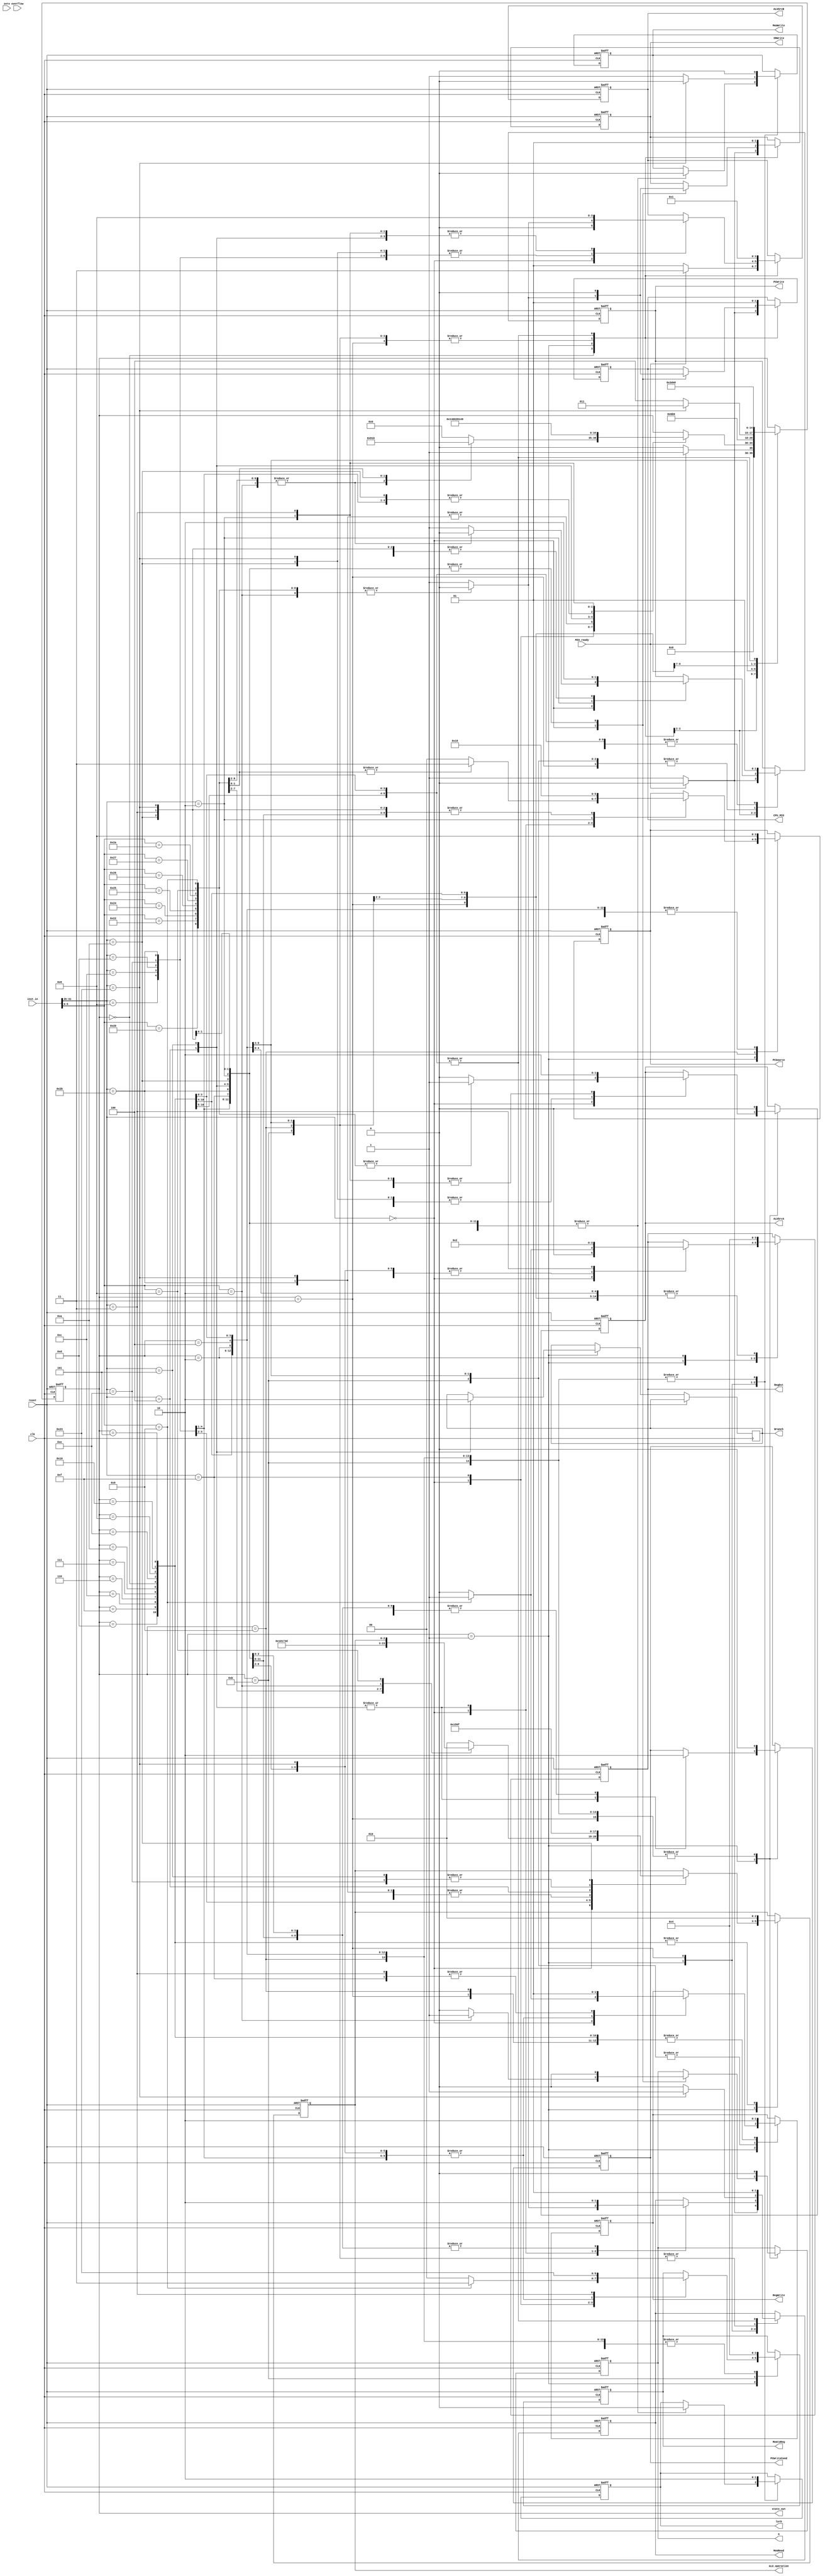
`timescale 1ns / 1ps

module ctrl(input clk,
            input reset,
			   input zero,
			   input overflow,
			   input MIO_ready,
			   input [31:0]inst_in,
			   output reg MemRead,
		   	output reg MemWrite,
			   output reg CPU_MIO,
			   output reg lorD,
			   output reg IRWrite,
			   output reg RegWrite,
			   output reg ALUSrcA,
			   output reg PCWrite,
			   output reg PCWriteCond,
			   output reg Branch,
			   output reg [1:0]RegDst,
			   output reg [1:0]MemtoReg,
			   output reg [1:0]ALUSrcB,
			   output reg [1:0]PCSource,
			   output reg [2:0]ALU_operation,
				output reg S,
			   output [4:0]state_out);
				
reg [4:0]state;

parameter IF = 5'b00000, ID=5'b00001, EX_R= 5'b00010, EX_Mem=5'b00011, EX_I= 5'b00100,
Lui_WB=5'b00101, EX_beq=5'b00110, EX_bne= 5'b00111, EX_jr= 5'b01000, EX_JAL=5'b01001,
Exe_J= 5'b01010, MEM_RD=5'b01011, MEM_WD= 5'b01100, WB_R= 5'b01101, WB_I=5'b01110, WB_LW=5'b01111, Error=11111,
EX_jalr=5'b10000;
parameter AND=3'b000, OR=3'b001, ADD=3'b010, SUB=3'b110,
NOR=3'b100, SLT=3'b111, XOR=3'b011, SRL=3'b101;


`define CPU_ctrl_signals {S,PCWrite,PCWriteCond, lorD, MemRead, MemWrite,IRWrite, MemtoReg,PCSource, ALUSrcB,ALUSrcA,RegWrite,RegDst,CPU_MIO}

assign state_out=state;

always @ (posedge clk or posedge reset) begin
if (reset==1) begin `CPU_ctrl_signals<=18'h12821;ALU_operation<=ADD;state <= IF; end
else begin
case (state)
IF: begin
    if(MIO_ready) begin `CPU_ctrl_signals <=18'h00060; ALU_operation<=ADD; state <= ID; end
    else begin `CPU_ctrl_signals<=18'h12821;ALU_operation<=ADD;state <= IF; end
    end
ID: begin 
    case(inst_in[31:26])
        6'h00: begin
		  case (inst_in[5:0])
            6'b100000: begin `CPU_ctrl_signals <= 18'h00010; ALU_operation<= ADD; state <= EX_R;end
            6'b100010: begin `CPU_ctrl_signals <= 18'h00010; ALU_operation<= SUB; state <= EX_R;end
            6'b100100: begin `CPU_ctrl_signals <= 18'h00010; ALU_operation<= AND; state <= EX_R;end
            6'b100101: begin `CPU_ctrl_signals <= 18'h00010; ALU_operation<= OR; state <= EX_R;end
            6'b100110: begin `CPU_ctrl_signals <= 18'h00010; ALU_operation<= XOR; state <= EX_R;end
            6'b100111: begin `CPU_ctrl_signals <= 18'h00010; ALU_operation<= NOR; state <= EX_R;end
            6'b101010: begin `CPU_ctrl_signals <= 18'h00010; ALU_operation<= SLT; state <= EX_R;end
            6'b000010: begin `CPU_ctrl_signals <= 18'h20000; ALU_operation<= SRL; state <= EX_R;end
            6'b001000: begin `CPU_ctrl_signals <= 18'h10190; state <= EX_jr; end//Jr
            6'b001001: begin `CPU_ctrl_signals <= 18'h1079a; ALU_operation<=ADD; state <= EX_jalr; end//Jalr
				default: begin `CPU_ctrl_signals<=18'h12821;ALU_operation<=ADD;state <= IF;end
		  endcase
		  end
	     6'h08: begin `CPU_ctrl_signals<=18'h00050;ALU_operation<=ADD; state<= EX_I;end  //addi
	     6'h0C: begin `CPU_ctrl_signals<=18'h00050;ALU_operation<=AND; state<= EX_I;end  //andi
	     6'h0D: begin `CPU_ctrl_signals<=18'h00050;ALU_operation<=OR; state<= EX_I;end   //ori
	     6'h0E: begin `CPU_ctrl_signals<=18'h00050;ALU_operation<=XOR; state<= EX_I;end  //xori
	     6'h0F: begin `CPU_ctrl_signals<=18'h00408;state<= Lui_WB;end  //lui
		  6'h23: begin `CPU_ctrl_signals<=18'h00050;ALU_operation<=ADD; state<=EX_Mem;end  //lw
		  6'h2b: begin `CPU_ctrl_signals<=18'h00050;ALU_operation<=ADD; state<=EX_Mem;end  //sw
		  6'h04: begin `CPU_ctrl_signals<=18'h0a090;ALU_operation<=SUB; state<=EX_beq;Branch<=1;end  //beq
	     6'h05: begin `CPU_ctrl_signals<=18'h0a090;ALU_operation<=XOR; state<=EX_bne;Branch<=0;end  //bne
		  6'h0a: begin `CPU_ctrl_signals<=18'h00050;ALU_operation<=SLT; state<= EX_I;end  //slti
		  6'h02: begin `CPU_ctrl_signals<=18'h10100;state<= Exe_J;end  //j
		  6'h03: begin `CPU_ctrl_signals<=18'h0060c;state<= EX_JAL;end  //jal
		  endcase
	 end
EX_R:begin `CPU_ctrl_signals<=18'h0000a;state <= WB_R; end
EX_I:begin `CPU_ctrl_signals<=18'h00008;state <= WB_I; end


EX_Mem:begin
    if(inst_in[31:26]==6'h23) begin `CPU_ctrl_signals<=18'h06000;state <= MEM_RD;end  //lw
	 else begin `CPU_ctrl_signals<=18'h05000;state <= MEM_WD;end //sw
end
MEM_RD:begin `CPU_ctrl_signals<=18'h00208;state <=WB_LW ;end //lw
EX_JAL:begin `CPU_ctrl_signals<=18'h10100;state<= Exe_J;end 
WB_R:begin `CPU_ctrl_signals<=18'h12821;ALU_operation<=ADD;state <= IF;end
WB_I:begin `CPU_ctrl_signals<=18'h12821;ALU_operation<=ADD;state <= IF;end
EX_jr:begin `CPU_ctrl_signals<=18'h12821;ALU_operation<=ADD;state <= IF;end
EX_jalr:begin `CPU_ctrl_signals<=18'h12821;ALU_operation<=ADD;state <= IF;end
Lui_WB:begin `CPU_ctrl_signals<=18'h12821;ALU_operation<=ADD;state <= IF;end
WB_LW:begin `CPU_ctrl_signals<=18'h12821;ALU_operation<=ADD;state <= IF;end
MEM_WD:begin `CPU_ctrl_signals<=18'h12821;ALU_operation<=ADD;state <= IF;end   //sw
EX_beq:begin `CPU_ctrl_signals<=18'h12821;ALU_operation<=ADD;state <= IF;end   //beq
EX_bne:begin `CPU_ctrl_signals<=18'h12821;ALU_operation<=ADD;state <= IF;end   //bne
Exe_J:begin `CPU_ctrl_signals<=18'h12821;ALU_operation<=ADD;state <= IF;end   //j  
endcase
end
end

endmodule